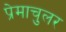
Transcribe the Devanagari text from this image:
प्रेमाचुलर